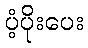
ပံ့ပိုးပေး